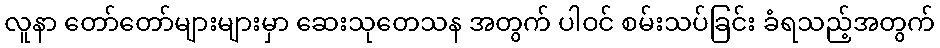
လူနာ တော်တော်များများမှာ ဆေးသုတေသန အတွက် ပါဝင် စမ်းသပ်ခြင်း ခံရသည့်အတွက်